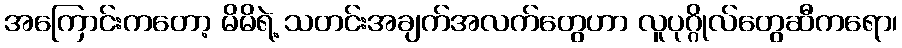
အကြောင်းကတော့ မိမိရဲ့ သတင်းအချက်အလက်တွေဟာ လူပုဂ္ဂိုလ်တွေဆီကရော၊